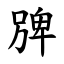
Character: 㗗